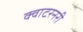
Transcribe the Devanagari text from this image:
क्वाटरनरी